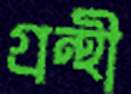
গ্রন্থী